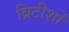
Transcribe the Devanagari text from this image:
ब्रिटीशों